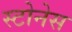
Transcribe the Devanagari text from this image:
स्टोनेस